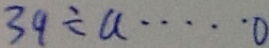
3 9 \div a = \cdots o